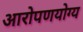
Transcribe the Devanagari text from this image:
आरोपणयोग्य